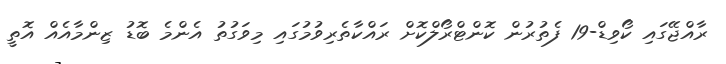
ރާއްޖޭގައި ކޯވިޑް-19 ފެތުރުން ކޮންޓްރޯލްކޮށް ރައްކާތެރިވުމުގައި މިވަގުތު އެންމެ ބޮޑު ޒިންމާއެއް އޮތީ